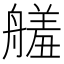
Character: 𦪋